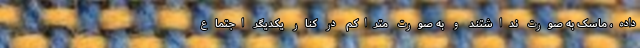
داده، ماسک به صورت نداشتند و به صورت متراکم در کنار یکدیگر اجتماع